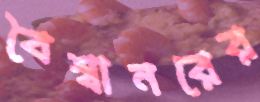
বৈশ্বানরের